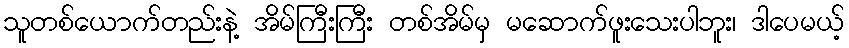
သူတစ်ယောက်တည်းနဲ့ အိမ်ကြီးကြီး တစ်အိမ်မှ မဆောက်ဖူးသေးပါဘူး၊ ဒါပေမယ့်